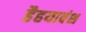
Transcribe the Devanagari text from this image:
हैहयावंश